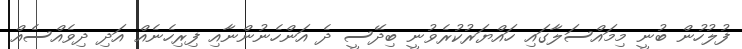
ފުލުހުން ބުނީ މިމައްސަލާގައި ހައްޔަރުކުރެވުނީ ބިދޭސީ ދެ އަންހެނުންނާއި ފިރިހެނެއް އަދި ދިވެއްސެއް